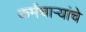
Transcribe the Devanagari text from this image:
कर्मचार्‍यांचे